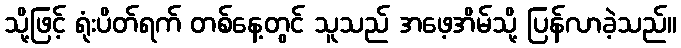
သို့ဖြင့် ရုံးပိတ်ရက် တစ်နေ့တွင် သူသည် အဖေ့အိမ်သို့ ပြန်လာခဲ့သည်။